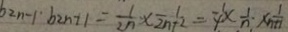
b _ { 2 n - 1 } \cdot b _ { 2 n + 1 } = \frac { 1 } { 2 n } \times \frac { 1 } { 2 n + 2 } = \frac { 1 } { 4 } \times \frac { 1 } { n } \cdot \times \frac { 1 } { n + 1 }